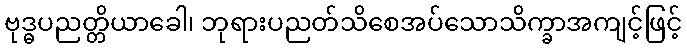
ဗုဒ္ဓပညတ္တိယာခေါ၊ ဘုရားပညတ်သိစေအပ်သောသိက္ခာအကျင့်ဖြင့်